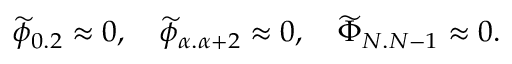
{ \widetilde \phi } _ { 0 . 2 } \approx 0 , \quad { \widetilde \phi } _ { \alpha . \alpha + 2 } \approx 0 , \quad { \widetilde \Phi } _ { N . N - 1 } \approx 0 .